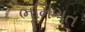
ભૂમિગત